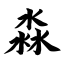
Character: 淼